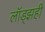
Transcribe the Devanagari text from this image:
लॉड्झही